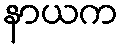
နာယက